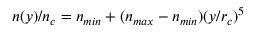
n ( y ) / n _ { c } = n _ { m i n } + ( n _ { m a x } - n _ { m i n } ) ( y / r _ { c } ) ^ { 5 }